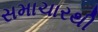
સમાચારથી